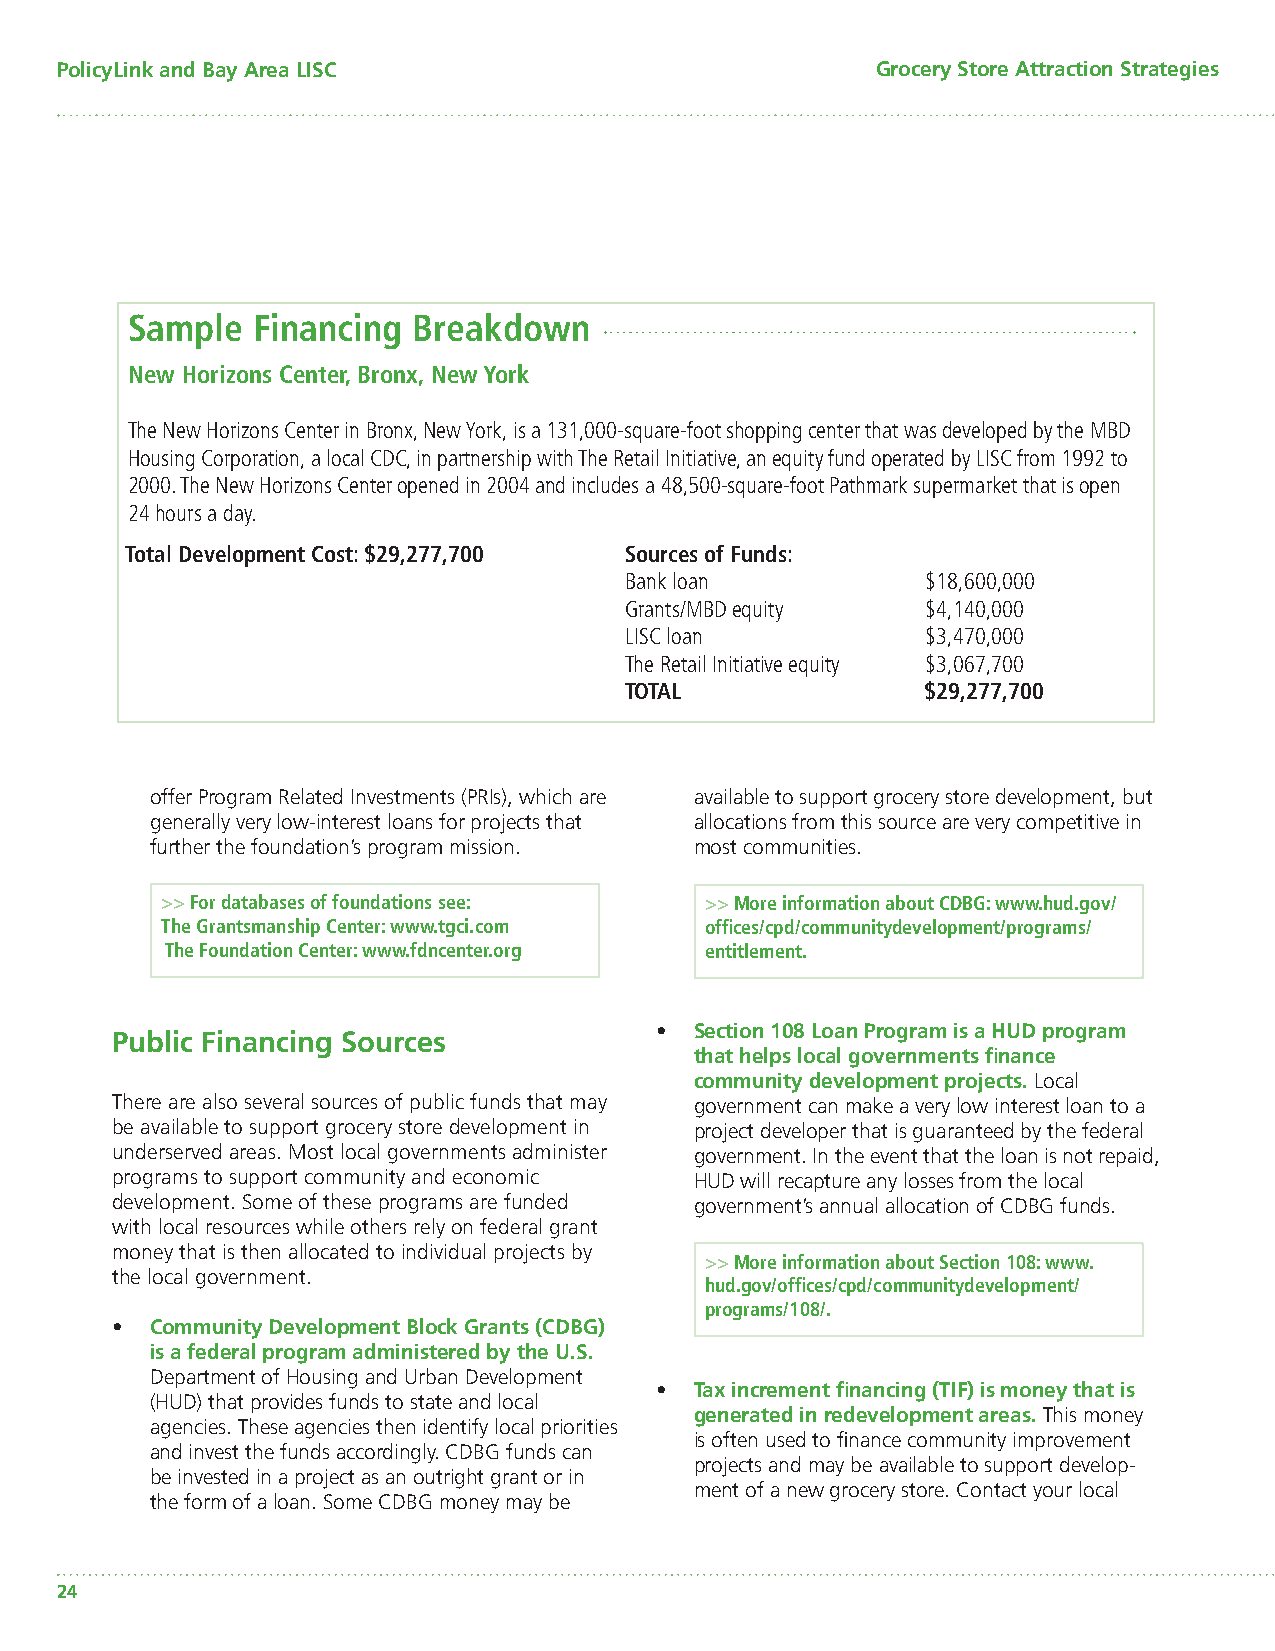
PolicyLink and Bay Area LISC                          Grocery Store Attraction Strategies
 Sample   Financing Breakdown
 New Horizons Center, Bronx, New York
 The New Horizons Center in Bronx, New York, is a 131,000-square-foot shopping center that was developed by the MBD
 Housing Corporation, a local CDC, in partnership with The Retail Initiative, an equity fund operated by LISC from 1992 to
 2000. The New Horizons Center opened in 2004 and includes a 48,500-square-foot Pathmark supermarket that is open
 24 hours a day.
 Total Development Cost: $29,277,700 Sources of Funds:
 Bank loan           $18,600,000
 Grants/MBD equity   $4,140,000
 LISC loan           $3,470,000
 The Retail Initiative equity $3,067,700
 TOTAL               $29,277,700
 offer Program Related Investments (PRIs), which are available to support grocery store development, but
 generally very low-interest loans for projects that allocations from this source are very competitive in
 further the foundation’s program mission. most communities.
 >> For databases of foundations see: >> More information about CDBG: www.hud.gov/
 The Grantsmanship Center: www.tgci.com offi ces/cpd/communitydevelopment/programs/
 The Foundation Center: www.fdncenter.org entitlement.
 •  Section 108 Loan Program is a HUD program
 Public Financing Sources
 that helps local governments fi nance
 community development projects. Local
 There are also several sources of public funds that may government can make a very low interest loan to a
 be available to support grocery store development in project developer that is guaranteed by the federal
 underserved areas. Most local governments administer government. In the event that the loan is not repaid,
 programs to support community and economic HUD will recapture any losses from the local
 development. Some of these programs are funded government’s annual allocation of CDBG funds.
 with local resources while others rely on federal grant
 money that is then allocated to individual projects by
 >> More information about Section 108: www.
 the local government.
 hud.gov/offi ces/cpd/communitydevelopment/
 programs/108/.
 •  Community Development Block Grants (CDBG)
 is a federal program administered by the U.S.
 Department of Housing and Urban Development
 •  Tax increment fi nancing (TIF) is money that is
 (HUD) that provides funds to state and local
 generated in redevelopment areas. This money
 agencies. These agencies then identify local priorities
 is often used to fi nance community improvement
 and invest the funds accordingly. CDBG funds can
 projects and may be available to support develop-
 be invested in a project as an outright grant or in
 ment of a new grocery store. Contact your local
 the form of a loan. Some CDBG money may be
 24